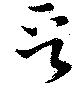
晉